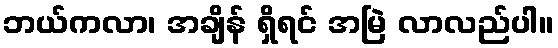
ဘယ်ကလာ၊ အချိန် ရှိရင် အမြဲ လာလည်ပါ။